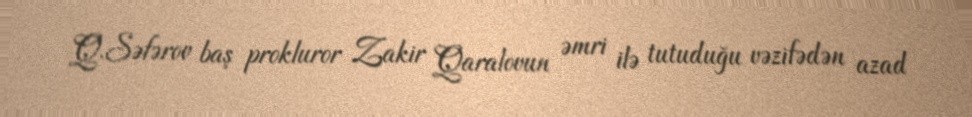
Q.Səfərov baş prokluror Zakir Qaralovun əmri ilə tutuduğu vəzifədən azad